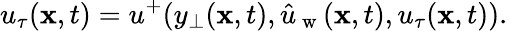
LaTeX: u_{\tau}(\mathbf{x},t)=u^{+}(y_{\perp}(\mathbf{x},t),\hat{u}_{\mathrm{~w~}}(\mathbf{x},t),u_{\tau}(\mathbf{x},t)).